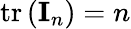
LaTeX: \operatorname{tr}\left(\mathbf{I}_{n}\right)=n